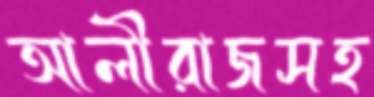
আলীরাজসহ